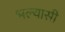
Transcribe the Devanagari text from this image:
भल्यासी